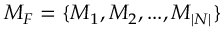
M _ { F } = \{ M _ { 1 } , M _ { 2 } , . . . , M _ { | N | } \}